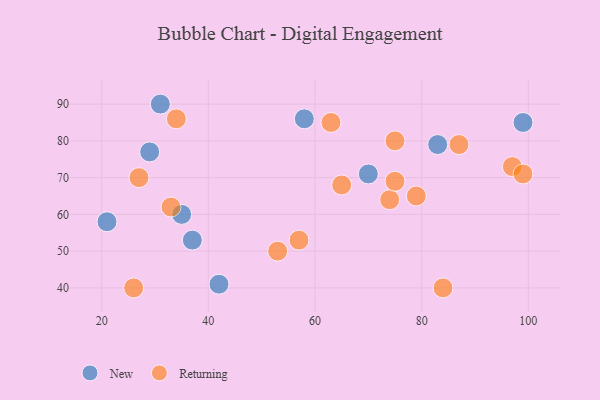
{"axis": {"x": "GDP", "y": "Life Expectancy"}, "legend": ["New", "Returning"], "data": [{"x": "29", "y": 77, "type": "New"}, {"x": "83", "y": 79, "type": "New"}, {"x": "70", "y": 71, "type": "New"}, {"x": "99", "y": 85, "type": "New"}, {"x": "21", "y": 58, "type": "New"}, {"x": "35", "y": 60, "type": "New"}, {"x": "37", "y": 53, "type": "New"}, {"x": "42", "y": 41, "type": "New"}, {"x": "58", "y": 86, "type": "New"}, {"x": "31", "y": 90, "type": "New"}, {"x": "63", "y": 85, "type": "Returning"}, {"x": "53", "y": 50, "type": "Returning"}, {"x": "74", "y": 64, "type": "Returning"}, {"x": "34", "y": 86, "type": "Returning"}, {"x": "26", "y": 40, "type": "Returning"}, {"x": "75", "y": 69, "type": "Returning"}, {"x": "87", "y": 79, "type": "Returning"}, {"x": "75", "y": 80, "type": "Returning"}, {"x": "57", "y": 53, "type": "Returning"}, {"x": "33", "y": 62, "type": "Returning"}, {"x": "27", "y": 70, "type": "Returning"}, {"x": "84", "y": 40, "type": "Returning"}, {"x": "65", "y": 68, "type": "Returning"}, {"x": "79", "y": 65, "type": "Returning"}, {"x": "97", "y": 73, "type": "Returning"}, {"x": "99", "y": 71, "type": "Returning"}]}